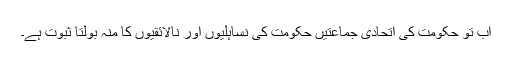
اب تو حکومت کی اتحادی جماعتیں حکومت کی نساہلیوں اور نالائقیوں کا منہ بولتا ثبوت ہے۔